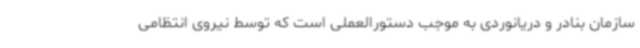
سازمان بنادر و دریانوردی به موجب دستورالعملی است که توسط نیروی انتظامی